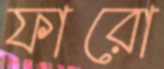
ফারো